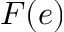
F ( e )